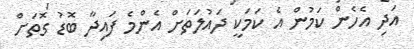
އަދި އެހެން ކަމުން އެ ކަމަކީ ދައުލަތަށް އެންމެ ފައިދާ ބޮޑު ގޮތަށް